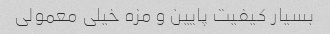
بسیار کیفیت پایین و مزه خیلی معمولی